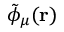
\tilde { \phi } _ { \mu } ( \mathbf { r } )